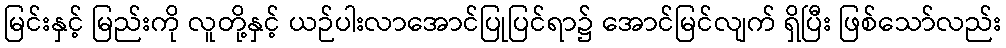
မြင်းနှင့် မြည်းကို လူတို့နှင့် ယဉ်ပါးလာအောင်ပြုပြင်ရာ၌ အောင်မြင်လျက် ရှိပြီး ဖြစ်သော်လည်း